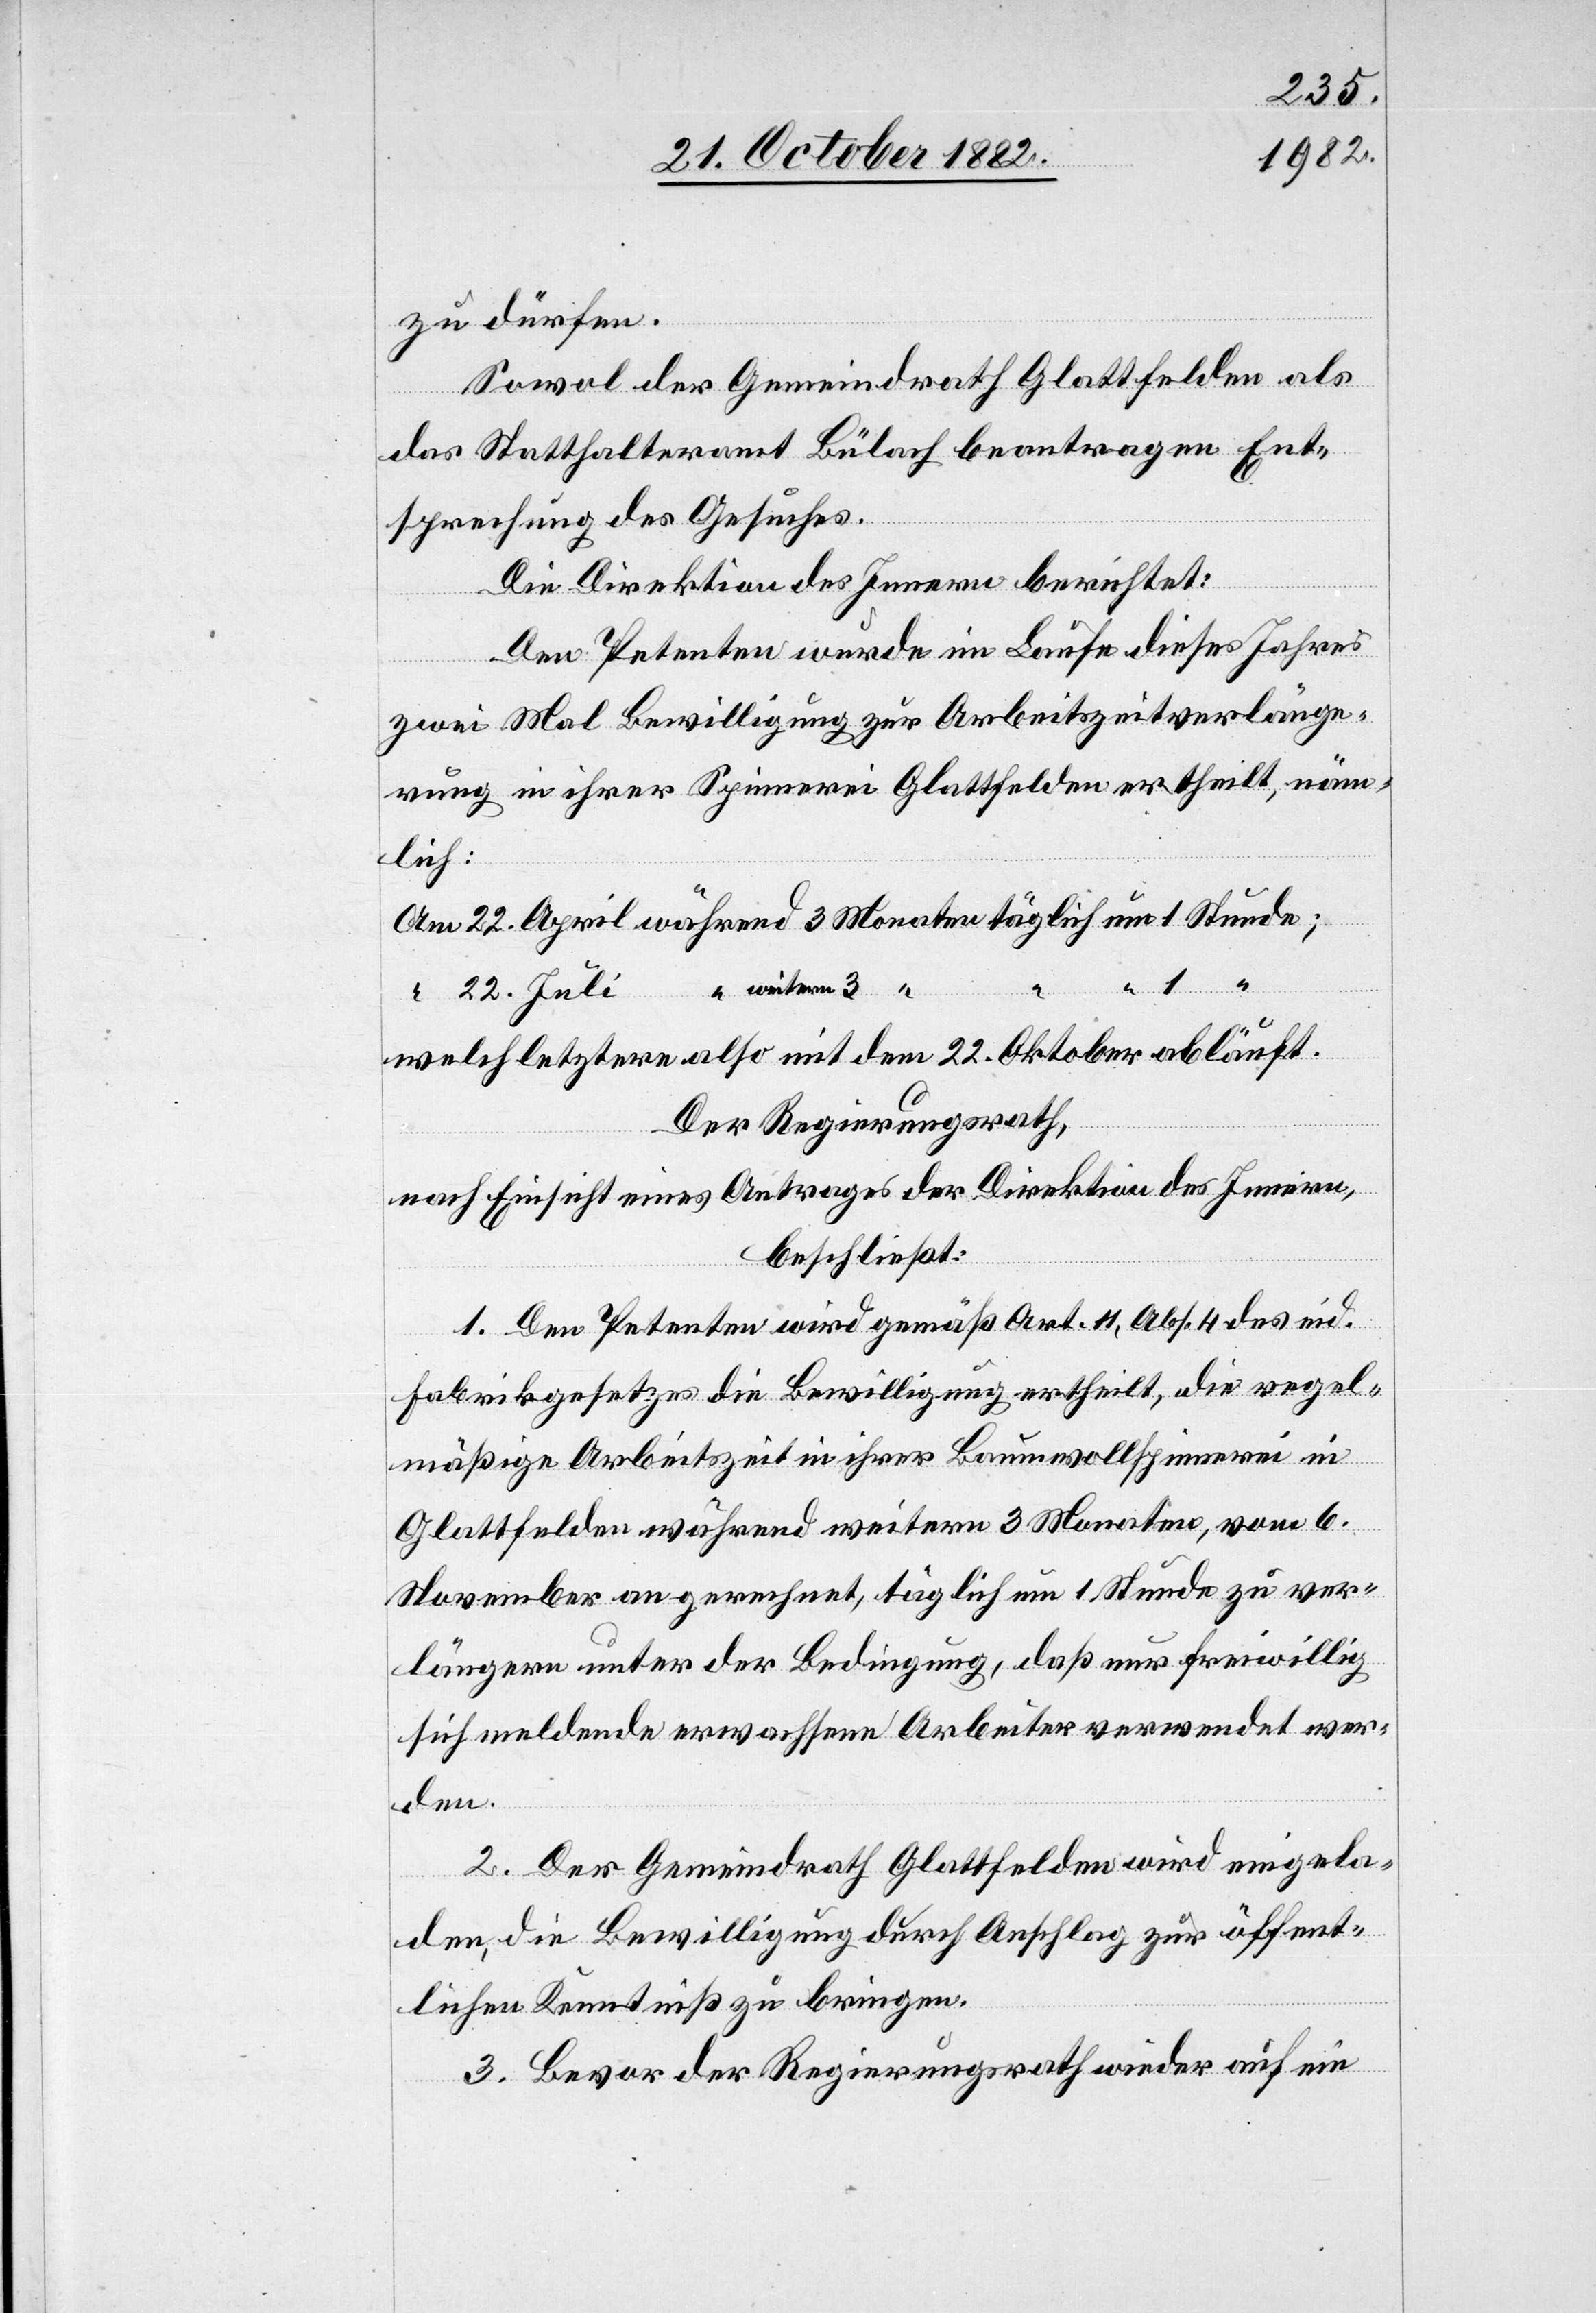
zu dürfen.
Sowol der Gemeindrath Glattfelden als
das Statthalteramt Bülach beantragen Ent¬
sprechung des Gesuches.
Die Direktion des Innern berichtet:
Den Petenten wurde im Laufe dieses Jahres
zwei Mal Bewilligung zur Arbeitszeitverlänge¬
rung in ihrer Spinnerei Glattfelden ertheilt, näm¬
lich:
welch letztere also mit dem 22. Oktober abläuft.
Der Regierungsrath,
nach Einsicht eines Antrages der Direktion des Innern,
beschließt:
1. Den Petenten wird gemäß Art. 11, Abs. 4 des eid.
Fabrikgesetzes die Bewilligung ertheilt, die regel¬
mäßige Arbeitszeit in ihrer Baumwollspinnerei in
Glattfelden während weitern 3 Monaten, vom 6.
November an gerechnet, täglich um 1 Stunde zu ver¬
längern unter der Bedingung, daß nur freiwillig
sich meldende erwachsene Arbeiter verwendet wer¬
den.
2. Der Gemeindrath Glattfelden wird eingela¬
den, die Bewilligung durch Anschlag zur öffent¬
lichen Kenntniß zu bringen.
3. Bevor der Regierungsrath wieder auf ein